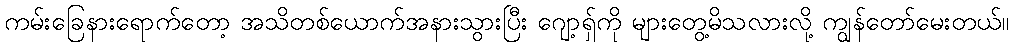
ကမ်းခြေနားရောက်တော့ အသိတစ်ယောက်အနားသွားပြီး ဂျော့ရှ်ကို များတွေ့မိသလားလို့ ကျွန်တော်မေးတယ်။